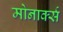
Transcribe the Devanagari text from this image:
मोनार्क्स